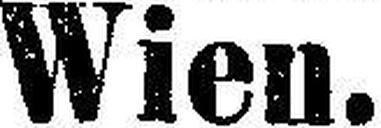
Wien.